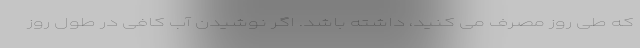
که طی روز مصرف می کنید، داشته باشد. اگر نوشیدن آب کافی در طول روز